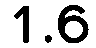
1.6